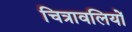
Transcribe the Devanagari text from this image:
चित्रावलियों